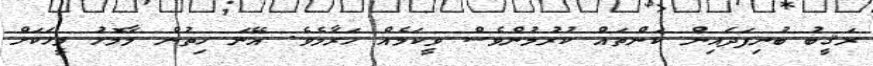
ރަޤީބު ބުނިފަދައިން ކަންތައް ކުރުމުންވެސް ވީކަމެއް ހަރާމެވެ. އޭނަ ހިތުން މާމޮޅު މީހަކަށް